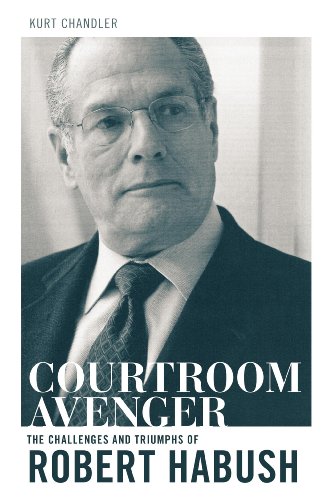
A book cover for Courtroom Avenger: The Challenges and Triumphs of Robert Habush; Kurt Chandler; Law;